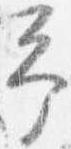
予